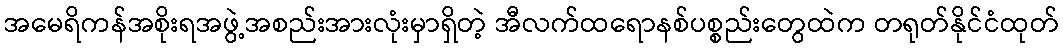
အမေရိကန်အစိုးရအဖွဲ့အစည်းအားလုံးမှာရှိတဲ့ အီလက်ထရောနစ်ပစ္စည်းတွေထဲက တရုတ်နိုင်ငံထုတ်